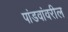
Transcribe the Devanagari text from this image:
पांडवांवरील